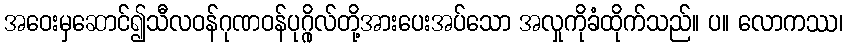
အဝေးမှဆောင်၍သီလဝန်ဂုဏဝန်ပုဂ္ဂိုလ်တို့အားပေးအပ်သော အလှုကိုခံထိုက်သည်။ ပ။ လောကဿ၊